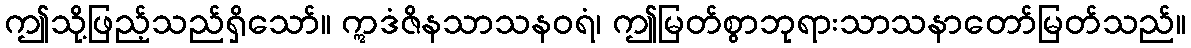
ဤသို့ဖြည့်သည်ရှိသော်။ ဣဒံဇိနသာသနဝရံ၊ ဤမြတ်စွာဘုရားသာသနာတော်မြတ်သည်။